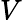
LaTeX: V